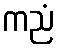
ကညံ